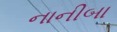
નાનીબા